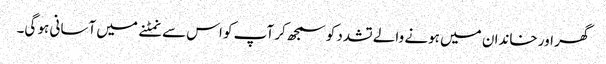
گھر اور خاندان میں ہونے والے تشدد کو سمجھ کر آپ کو اس سے نمٹنے میں آسانی ہو گی۔